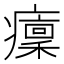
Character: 癛